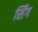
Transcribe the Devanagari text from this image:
सिँग